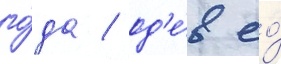
го́да / од'е́в ео́